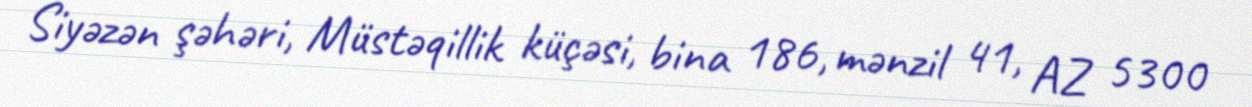
Siyəzən şəhəri, Müstəqillik küçəsi, bina 186, mənzil 41, AZ 5300